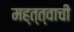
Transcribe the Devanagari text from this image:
मह्त्त्वाची